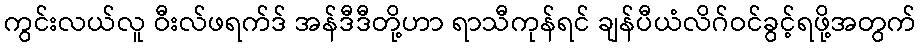
ကွင်းလယ်လူ ဝီးလ်ဖရက်ဒ် အန်ဒီဒီတို့ဟာ ရာသီကုန်ရင် ချန်ပီယံလိဂ်ဝင်ခွင့်ရဖို့အတွက်